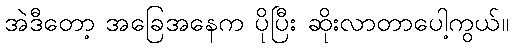
အဲဒီတော့ အခြေအနေက ပိုပြီး ဆိုးလာတာပေါ့ကွယ်။